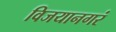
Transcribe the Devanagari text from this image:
विजयानगरं